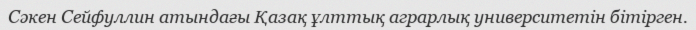
Сәкен Сейфуллин атындағы Қазақ ұлттық аграрлық университетін бітірген.